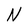
Character: N